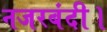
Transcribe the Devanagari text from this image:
नजरबंदी।